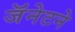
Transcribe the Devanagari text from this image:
जॅनेटने